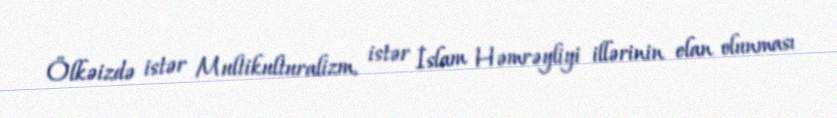
Ölkəizdə istər Multikulturalizm, istər İslam Həmrəyliyi illərinin elan olunması